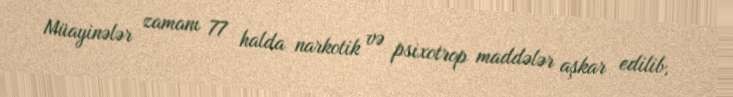
Müayinələr zamanı 77 halda narkotik və psixotrop maddələr aşkar edilib,